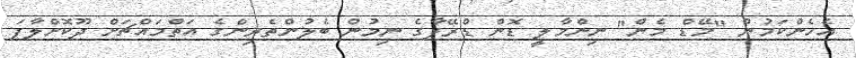
އެހެންކަމުން "މޭޑް މެން" ނިންމާލީ ޑޮން ޑްރޭޕާގެ ނިމުން ބެލުންތެރިންގެ އަތްމައްޗަށް ދޫކޮށްލާފަ